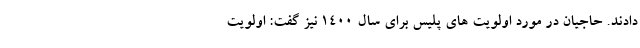
دادند. حاجیان در مورد اولویت های پلیس برای سال ۱۴۰۰ نیز گفت: اولویت